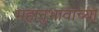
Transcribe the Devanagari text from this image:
महानुभावाच्या